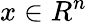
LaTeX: x\in R^{n}